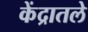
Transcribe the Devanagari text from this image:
केंद्रातले